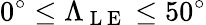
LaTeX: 0^{\circ}\le\Lambda_{\mathrm{~L~E~}}\le 50^{\circ}